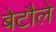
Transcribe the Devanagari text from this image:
बेटौले